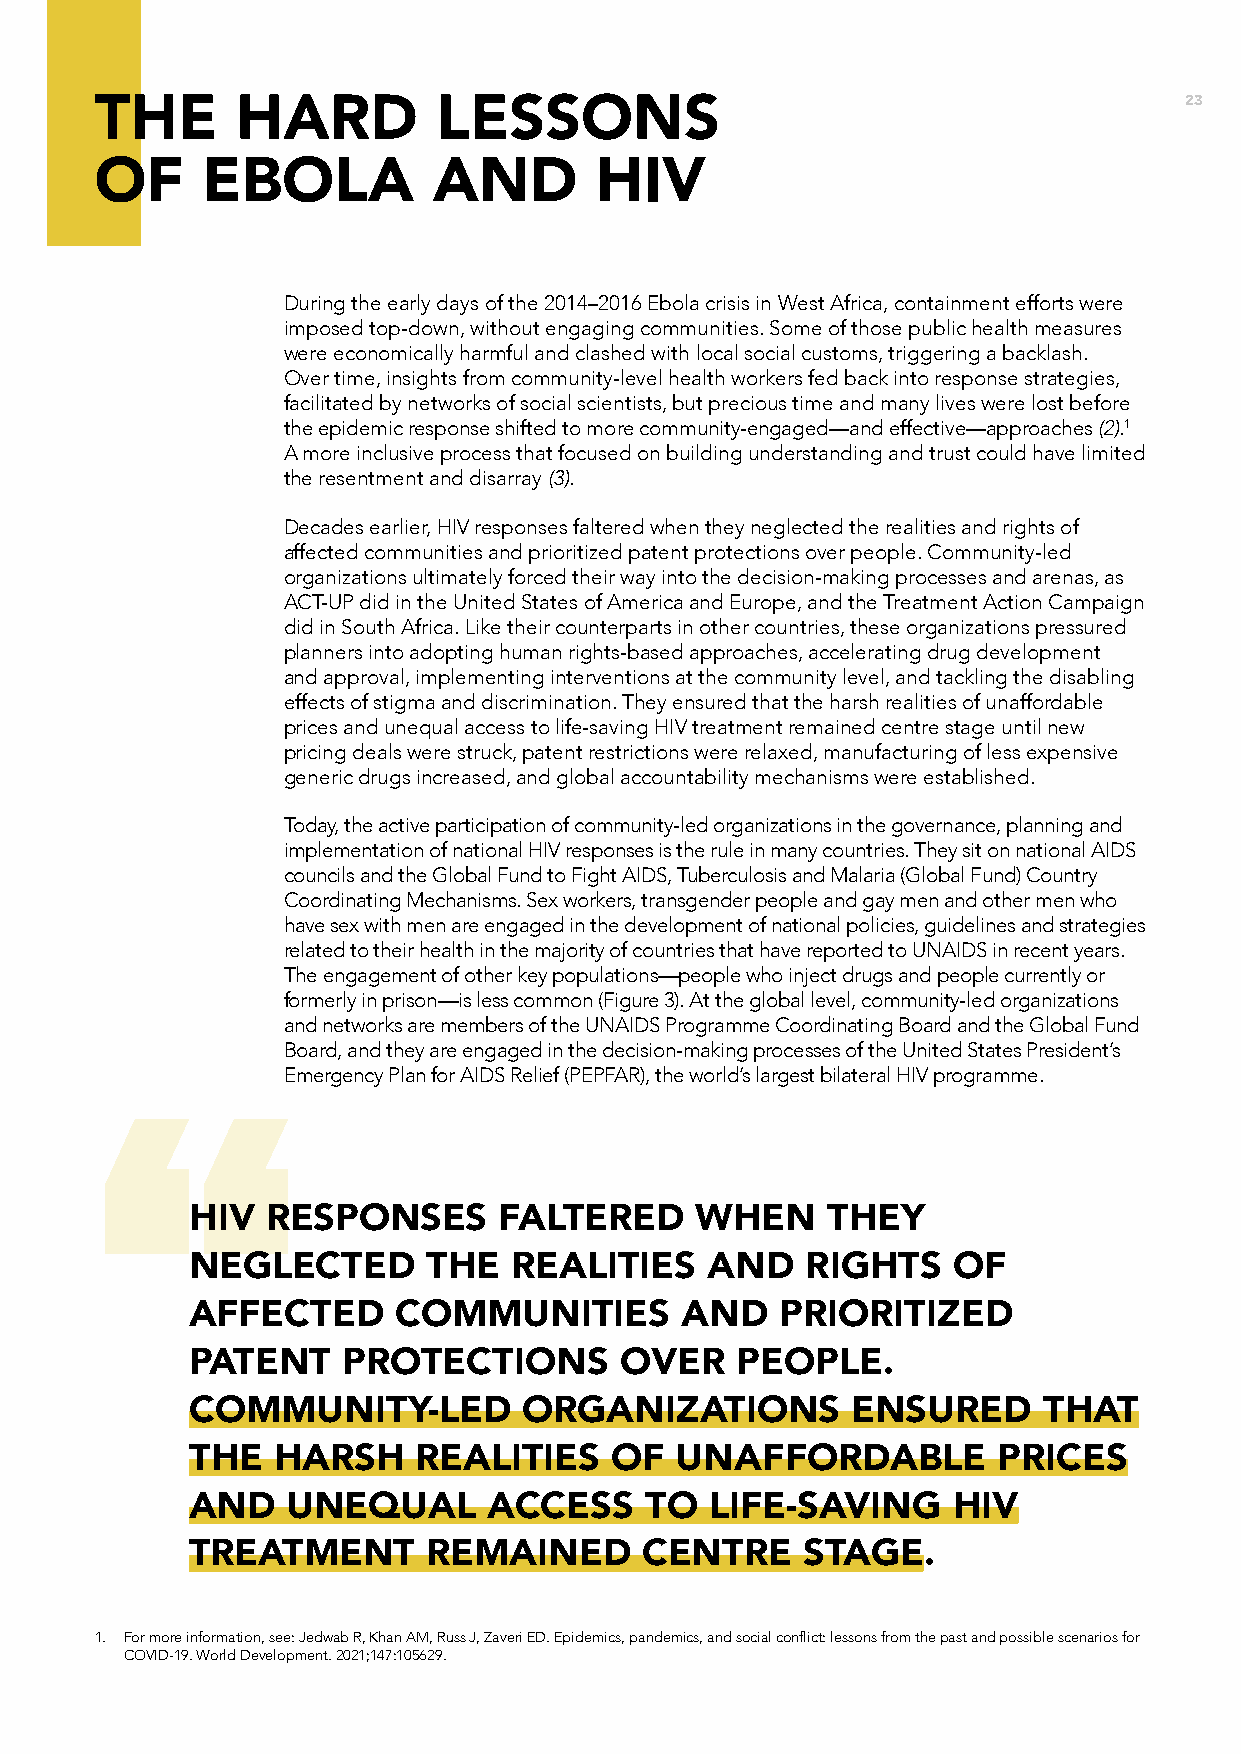
23
 THE       HARD         LESSONS
 OF     EBOLA           AND       HIV
 During the early days of the 2014–2016 Ebola crisis in West Africa, containment efforts were
 imposed top-down, without engaging communities. Some of those public health measures
 were economically harmful and clashed with local social customs, triggering a backlash.
 Over time, insights from community-level health workers fed back into response strategies,
 facilitated by networks of social scientists, but precious time and many lives were lost before
 the epidemic response shifted to more community-engaged––and effective––approaches (2).1
 A more inclusive process that focused on building understanding and trust could have limited
 the resentment and disarray (3).
 Decades earlier, HIV responses faltered when they neglected the realities and rights of
 affected communities and prioritized patent protections over people. Community-led
 organizations ultimately forced their way into the decision-making processes and arenas, as
 ACT-UP did in the United States of America and Europe, and the Treatment Action Campaign
 did in South Africa. Like their counterparts in other countries, these organizations pressured
 planners into adopting human rights-based approaches, accelerating drug development
 and approval, implementing interventions at the community level, and tackling the disabling
 effects of stigma and discrimination. They ensured that the harsh realities of unaffordable
 prices and unequal access to life-saving HIV treatment remained centre stage until new
 pricing deals were struck, patent restrictions were relaxed, manufacturing of less expensive
 generic drugs increased, and global accountability mechanisms were established.
 Today, the active participation of community-led organizations in the governance, planning and
 implementation of national HIV responses is the rule in many countries. They sit on national AIDS
 councils and the Global Fund to Fight AIDS, Tuberculosis and Malaria (Global Fund) Country
 Coordinating Mechanisms. Sex workers, transgender people and gay men and other men who
 have sex with men are engaged in the development of national policies, guidelines and strategies
 related to their health in the majority of countries that have reported to UNAIDS in recent years.
 The engagement of other key populations—people who inject drugs and people currently or
 formerly in prison—is less common (Figure 3). At the global level, community-led organizations
 and networks are members of the UNAIDS Programme Coordinating Board and the Global Fund
 Board, and they are engaged in the decision-making processes of the United States President’s
 Emergency Plan for AIDS Relief (PEPFAR), the world’s largest bilateral HIV programme.
 “
 HIV  RESPONSES      FALTERED     WHEN     THEY
 NEGLECTED      THE   REALITIES    AND   RIGHTS    OF
 AFFECTED     COMMUNITIES        AND    PRIORITIZED
 PATENT    PROTECTIONS       OVER    PEOPLE.
 COMMUNITY-LED         ORGANIZATIONS        ENSURED      THAT
 THE  HARSH    REALITIES    OF   UNAFFORDABLE         PRICES
 AND   UNEQUAL      ACCESS     TO  LIFE-SAVING     HIV
 TREATMENT      REMAINED       CENTRE    STAGE.
 1. For more information, see: Jedwab R, Khan AM, Russ J, Zaveri ED. Epidemics, pandemics, and social conflict: lessons from the past and possible scenarios for
 COVID-19. World Development. 2021;147:105629.